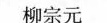
柳宗元